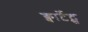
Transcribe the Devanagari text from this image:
क्वार्टेट्स